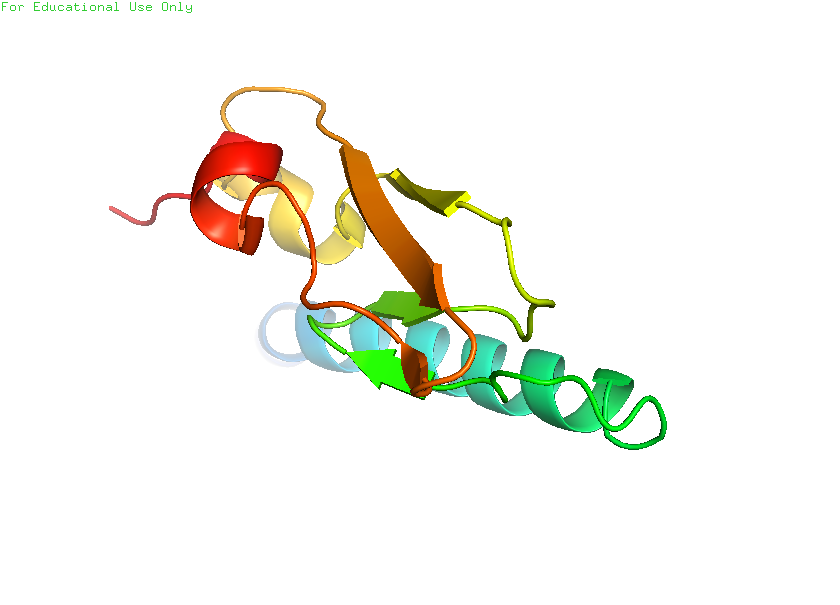
pymol, preset, pretty